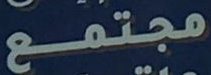
مجتمع